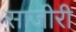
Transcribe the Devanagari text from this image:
साजीरी